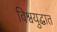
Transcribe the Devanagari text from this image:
विश्वयुद्धात